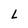
Character: L